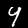
Label: 4